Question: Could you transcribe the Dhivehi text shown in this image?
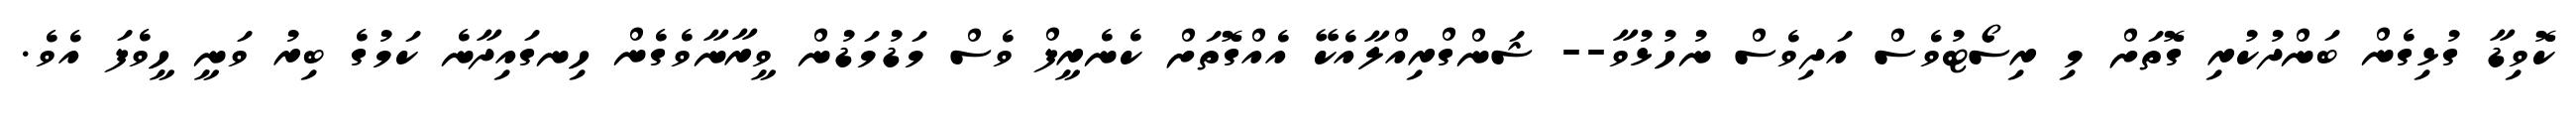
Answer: ކޮވިޑާ ގުޅިގެން ބަންދުކުރި ގޮތަށް މި ރިސޯޓުވެސް އަދިވެސް ނުހުޅުވާ-- ޝަންގްރިއްލާއެކޭ އެއްގޮތަށް ކެނެރީފް ވެސް މަޑުމަޑުން ވީރާނާވެގެން ހިނގައިދާނެ ކަމުގެ ބިރު ވަނީ ހީވެފަ އެވެ.